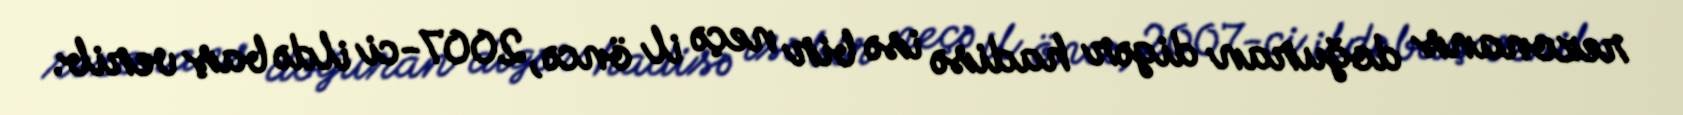
rezonans doğuran digər hadisə isə bir neçə il öncə, 2007-ci ildə baş verib.